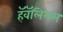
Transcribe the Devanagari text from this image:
हॅवॅलियस